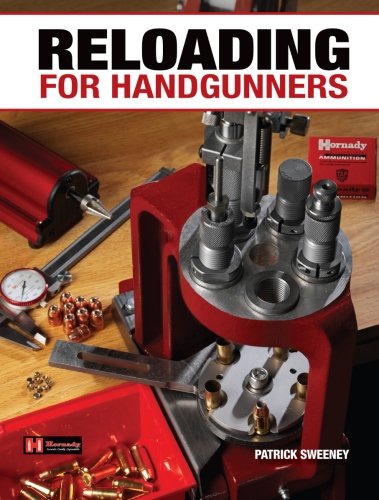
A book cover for Reloading for Handgunners; Patrick Sweeney; Sports & Outdoors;